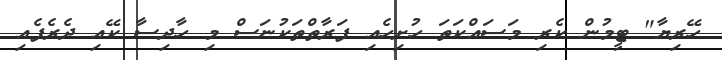
ހޭރިޔާ" ޓީމުން ކެރި މަސައްކަތަ ހުށިހެއި ފަރާތްތަކުނަސް މި ހާދިސާ ކޭއި ދެރެފެއި